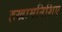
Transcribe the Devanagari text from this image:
हखामनिशिए